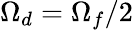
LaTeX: \Omega_{d}=\Omega_{f}/2